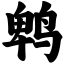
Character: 鹎